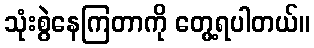
သုံးစွဲနေကြတာကို တွေ့ရပါတယ်။